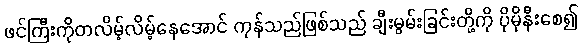
ဖင်ကြီးကိုတလိမ့်လိမ့်နေအောင် ကုန်သည်ဖြစ်သည် ချီးမွမ်းခြင်းတို့ကို ပိုမိုနီးစေ၍